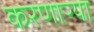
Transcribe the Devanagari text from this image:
करणाऱ्‍या